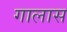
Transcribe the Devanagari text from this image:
गालास